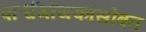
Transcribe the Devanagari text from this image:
पार्श्वगायकांसोबत